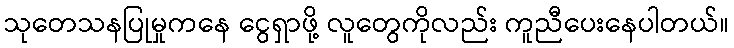
သုတေသနပြုမှုကနေ ငွေရှာဖို့ လူတွေကိုလည်း ကူညီပေးနေပါတယ်။